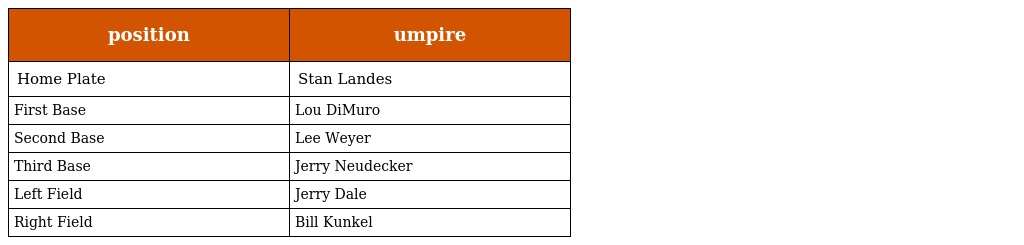
| position | umpire |
 | --- | --- |
 | Home Plate | Stan Landes |
 | First Base | Lou DiMuro |
 | Second Base | Lee Weyer |
 | Third Base | Jerry Neudecker |
 | Left Field | Jerry Dale |
 | Right Field | Bill Kunkel |